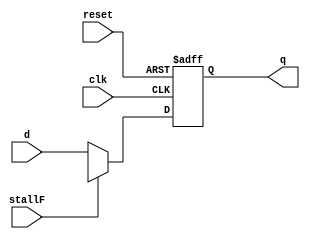
// This program was cloned from: https://github.com/the-pinbo/MIPS-5-Stage-Pipeline-Project
// License: MIT License

module M_PC_REG #(
    parameter WIDTH = 8
)(
    input stallF,
    input clk, reset,
    input[WIDTH-1:0] d,
    output reg[WIDTH-1:0] q);

    always@(posedge clk, posedge reset)
    if (reset) 
        q <= 0;
    else begin
        case(stallF)
            1'b0 : q<=d;
            1'bx : q<=d;
        endcase
    end

endmodule